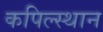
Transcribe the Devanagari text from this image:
कपिल्स्थान